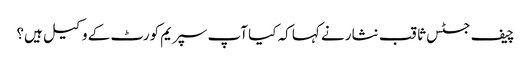
چیف جسٹس ثاقب نثار نے کہا کہ کیا آپ سپریم کورٹ کے وکیل ہیں؟